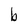
Character: b